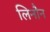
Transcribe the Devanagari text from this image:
लिनौन